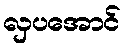
လှပအောင်